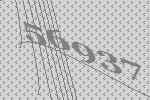
56937